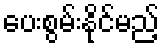
ပေးစွမ်းနိုင်မည့်